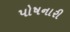
પોષનારી